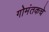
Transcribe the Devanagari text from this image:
गोमंतकचे